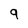
Character: 9